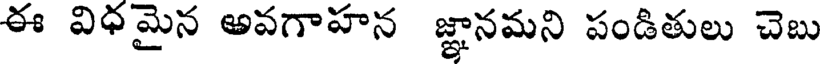
ఈ విధమైన అవగాహన జ్ఞానమని పండితులు చెబు